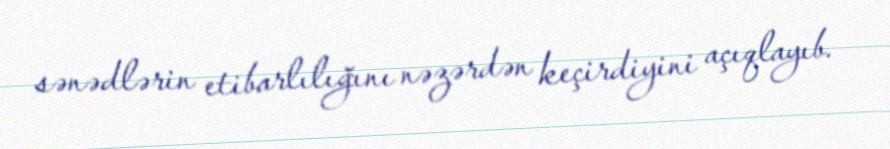
sənədlərin etibarlılığını nəzərdən keçirdiyini açıqlayıb.